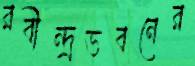
রবীন্দ্রভবনের